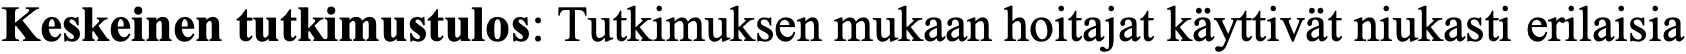
Keskeinen tutkimustulos: Tutkimuksen mukaan hoitajat käyttivät niukasti erilaisia